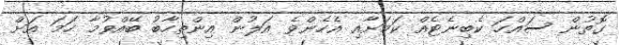
ގޮތުން ސައްހަ ކެބިނެޓެއް ކަމަށާއި އެހެންވެ އަލުން އިންތިހާބު ބޭއްވުމާ ހަމަ އަށް